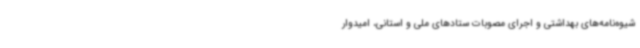
شیوه‌نامه‌های بهداشتی و اجرای مصوبات ستادهای ملی و استانی، امیدوار